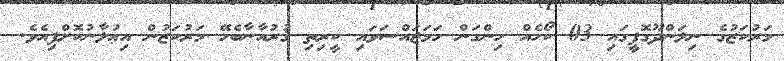
މަރުކަޒުގެ ނިލަންދޫގޮފީގައި 03 ކޯހެއް ހިންގަން ހަމަޖައްސަވައި ކީރިތި ޤުރުއާނާބެހޭ މަރުކަޒުން އިޢުލާނުކޮށްފިއެވެ.